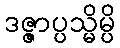
ဒဇ္ဇာပ္ပသ္မိမ္ပိ